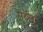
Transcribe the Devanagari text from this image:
पेटॅल